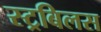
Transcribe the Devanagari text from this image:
स्ट्रबिलस